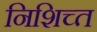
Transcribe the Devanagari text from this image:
निशिच्त